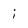
Character: i